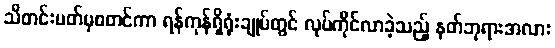
သီတင်းပတ်မှစတင်ကာ ရန်ကုန်ရှိရုံးချုပ်တွင် လုပ်ကိုင်လာခဲ့သည့် နတ်ဘုရားအလား